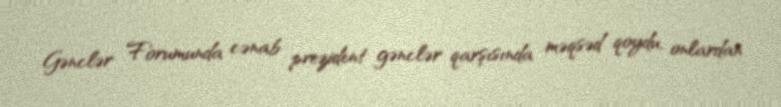
Gənclər Forumunda cənab prezident gənclər qarşısında məqsəd qoydu, onlardan